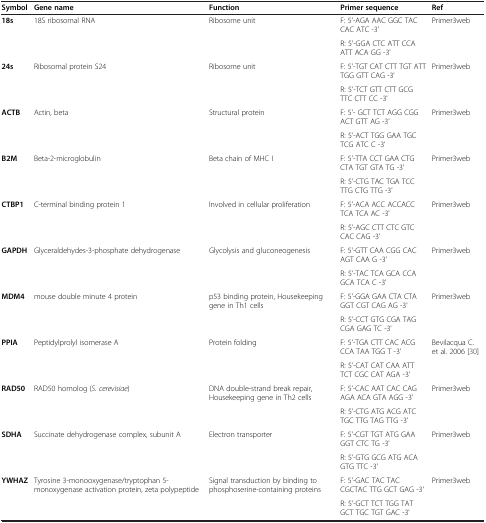
<table><thead><tr><td><b>Symbol</b></td><td><b>Gene name</b></td><td><b>Function</b></td><td><b>Primer sequence</b></td><td><b>Ref</b></td></tr></thead><tbody><tr><td rowspan="2"><b>18s</b></td><td rowspan="2">18S ribosomal RNA</td><td rowspan="2">Ribosome unit</td><td>F: 5&#x27;-AGA AAC GGC TAC CAC ATC -3&#x27;</td><td rowspan="2">Primer3web</td></tr><tr><td>R: 5&#x27;-GGA CTC ATT CCA ATT ACA GG -3&#x27;</td></tr><tr><td rowspan="2"><b>24s</b></td><td rowspan="2">Ribosomal protein S24</td><td rowspan="2">Ribosome unit</td><td>F: 5&#x27;-TGT CAT CTT TGT ATT TGG GTT CAG -3&#x27;</td><td rowspan="2">Primer3web</td></tr><tr><td>R: 5&#x27;-TCT GTT CTT GCG TTC CTT CC -3&#x27;</td></tr><tr><td rowspan="2"><b>ACTB</b></td><td rowspan="2">Actin, beta</td><td rowspan="2">Structural protein</td><td>F: 5&#x27;- GCT TCT AGG CGG ACT GTT AG -3&#x27;</td><td rowspan="2">Primer3web</td></tr><tr><td>R: 5&#x27;-ACT TGG GAA TGC TCG ATC C -3&#x27;</td></tr><tr><td rowspan="2"><b>Β2M</b></td><td rowspan="2">Beta-2-microglobulin</td><td rowspan="2">Beta chain of MHC I</td><td>F: 5&#x27;-TTA CCT GAA CTG CTA TGT GTA TG -3&#x27;</td><td rowspan="2">Primer3web</td></tr><tr><td>R: 5&#x27;-CTG TAC TGA TCC TTG CTG TTG -3&#x27;</td></tr><tr><td rowspan="2"><b>CTBP1</b></td><td rowspan="2">C-terminal binding protein 1</td><td rowspan="2">Involved in cellular proliferation</td><td>F: 5&#x27;-ACA ACC ACCACC TCA TCA AC -3&#x27;</td><td rowspan="2">Primer3web</td></tr><tr><td>R: 5&#x27;-AGC CTT CTC GTC CAC CAG -3&#x27;</td></tr><tr><td rowspan="2"><b>GAPDH</b></td><td rowspan="2">Glyceraldehydes-3-phosphate dehydrogenase</td><td rowspan="2">Glycolysis and gluconeogenesis</td><td>F: 5&#x27;-GTT CAA CGG CAC AGT CAA G -3&#x27;</td><td rowspan="2">Primer3web</td></tr><tr><td>R: 5&#x27;-TAC TCA GCA CCA GCA TCA C -3&#x27;</td></tr><tr><td rowspan="2"><b>MDM4</b></td><td rowspan="2">mouse double minute 4 protein</td><td rowspan="2">p53 binding protein, Housekeeping gene in Th1 cells</td><td>F: 5&#x27;-GGA GAA CTA CTA GGT CGT CAG AG -3&#x27;</td><td rowspan="2">Primer3web</td></tr><tr><td>R: 5&#x27;-CCT GTG CGA TAG CGA GAG TC -3&#x27;</td></tr><tr><td rowspan="2"><b>PPIA</b></td><td rowspan="2">Peptidylprolyl isomerase A</td><td rowspan="2">Protein folding</td><td>F: 5&#x27;-TGA CTT CAC ACG CCA TAA TGG T -3&#x27;</td><td rowspan="2">Bevilacqua C. et al. 2006 [30]</td></tr><tr><td>R: 5&#x27;-CAT CAT CAA ATT TCT CGC CAT AGA -3&#x27;</td></tr><tr><td rowspan="2"><b>RAD50</b></td><td rowspan="2">RAD50 homolog (<i>S. cerevisiae</i>)</td><td rowspan="2">DNA double-strand break repair, Housekeeping gene in Th2 cells</td><td>F: 5&#x27;-CAC AAT CAC CAG AGA ACA GTA AGG -3&#x27;</td><td rowspan="2">Primer3web</td></tr><tr><td>R: 5&#x27;-CTG ATG ACG ATC TGC TTG TAG TTG -3&#x27;</td></tr><tr><td rowspan="2"><b>SDHA</b></td><td rowspan="2">Succinate dehydrogenase complex, subunit A</td><td rowspan="2">Electron transporter</td><td>F: 5&#x27;-CGT TGT ATG GAA GGT CTC TG -3&#x27;</td><td rowspan="2">Primer3web</td></tr><tr><td>R: 5&#x27;-GTG GCG ATG ACA GTG TTC -3&#x27;</td></tr><tr><td rowspan="2"><b>YWHAZ</b></td><td rowspan="2">Tyrosine 3-monooxygenase/tryptophan 5-monoxygenase activation protein, zeta polypeptide</td><td rowspan="2">Signal transduction by binding to phosphoserine-containing proteins</td><td>F: 5&#x27;-GAC TAC TAC CGCTAC TTG GCT GAG -3&#x27;</td><td rowspan="2">Primer3web</td></tr><tr><td>R: 5&#x27;-GCT TCT TGG TAT GCT TGC TGT GAC -3&#x27;</td></tr></tbody></table>